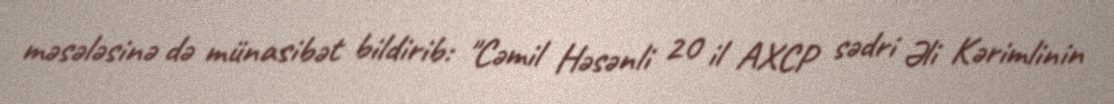
məsələsinə də münasibət bildirib: "Cəmil Həsənli 20 il AXCP sədri Əli Kərimlinin